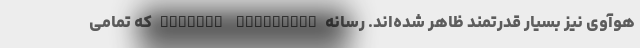
هوآوی نیز بسیار قدرتمند ظاهر شده‌اند. رسانه Android Authority که تمامی